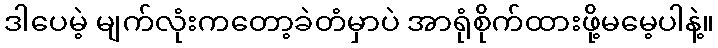
ဒါပေမဲ့ မျက်လုံးကတော့ခဲတံမှာပဲ အာရုံစိုက်ထားဖို့မမေ့ပါနဲ့။